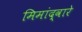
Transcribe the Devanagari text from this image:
मिमांद्वारे